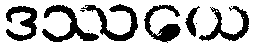
ဒဿယေ